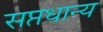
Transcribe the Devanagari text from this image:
सप्तधान्य